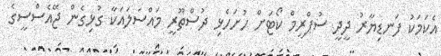
އެކަމަކު ފަނޑިޔާރު ދީދީ ސުޕްރީމް ކޯޓަށް ހުށަހެޅި ދުސްތޫރީ މައްސަލައަކާ ގުޅިގެން ޖޭއެސްސީގެ